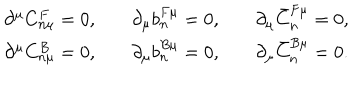
\begin{array} { c c c } { { \partial ^ { \mu } C _ { n \mu } ^ { F } = 0 , } } & { { \quad \partial _ { \mu } b _ { n } ^ { F \mu } = 0 , } } & { { \quad \partial _ { \mu } \bar { C } _ { n } ^ { F \mu } = 0 , } } \\ { { \partial ^ { \mu } C _ { n \mu } ^ { B } = 0 , } } & { { \quad \partial _ { \mu } b _ { n } ^ { B \mu } = 0 , } } & { { \quad \partial _ { \mu } \bar { C } _ { n } ^ { B \mu } = 0 . } } \\ \end{array}